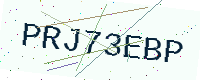
Text: PRJ73EBP